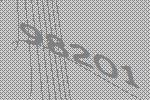
98201